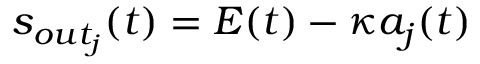
s _ { o u t _ { j } } ( t ) = E ( t ) - \kappa a _ { j } ( t )